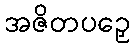
အဇိတပဉှေ